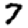
Digit: 7